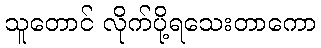
သူတောင် လိုက်ပို့ရသေးတာကော